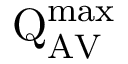
\mathrm { Q } _ { \mathrm { A V } } ^ { \mathrm { m a x } }